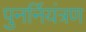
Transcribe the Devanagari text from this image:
पुनर्नियंत्रण